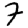
Digit: 7